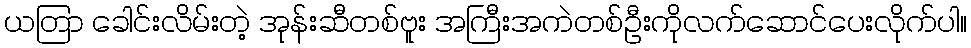
ယတြာ ခေါင်းလိမ်းတဲ့ အုန်းဆီတစ်ဗူး အကြီးအကဲတစ်ဦးကိုလက်ဆောင်ပေးလိုက်ပါ။